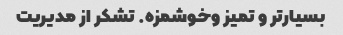
بسیار‌تر و تمیز و‌خوشمزه. تشکر از مدیریت